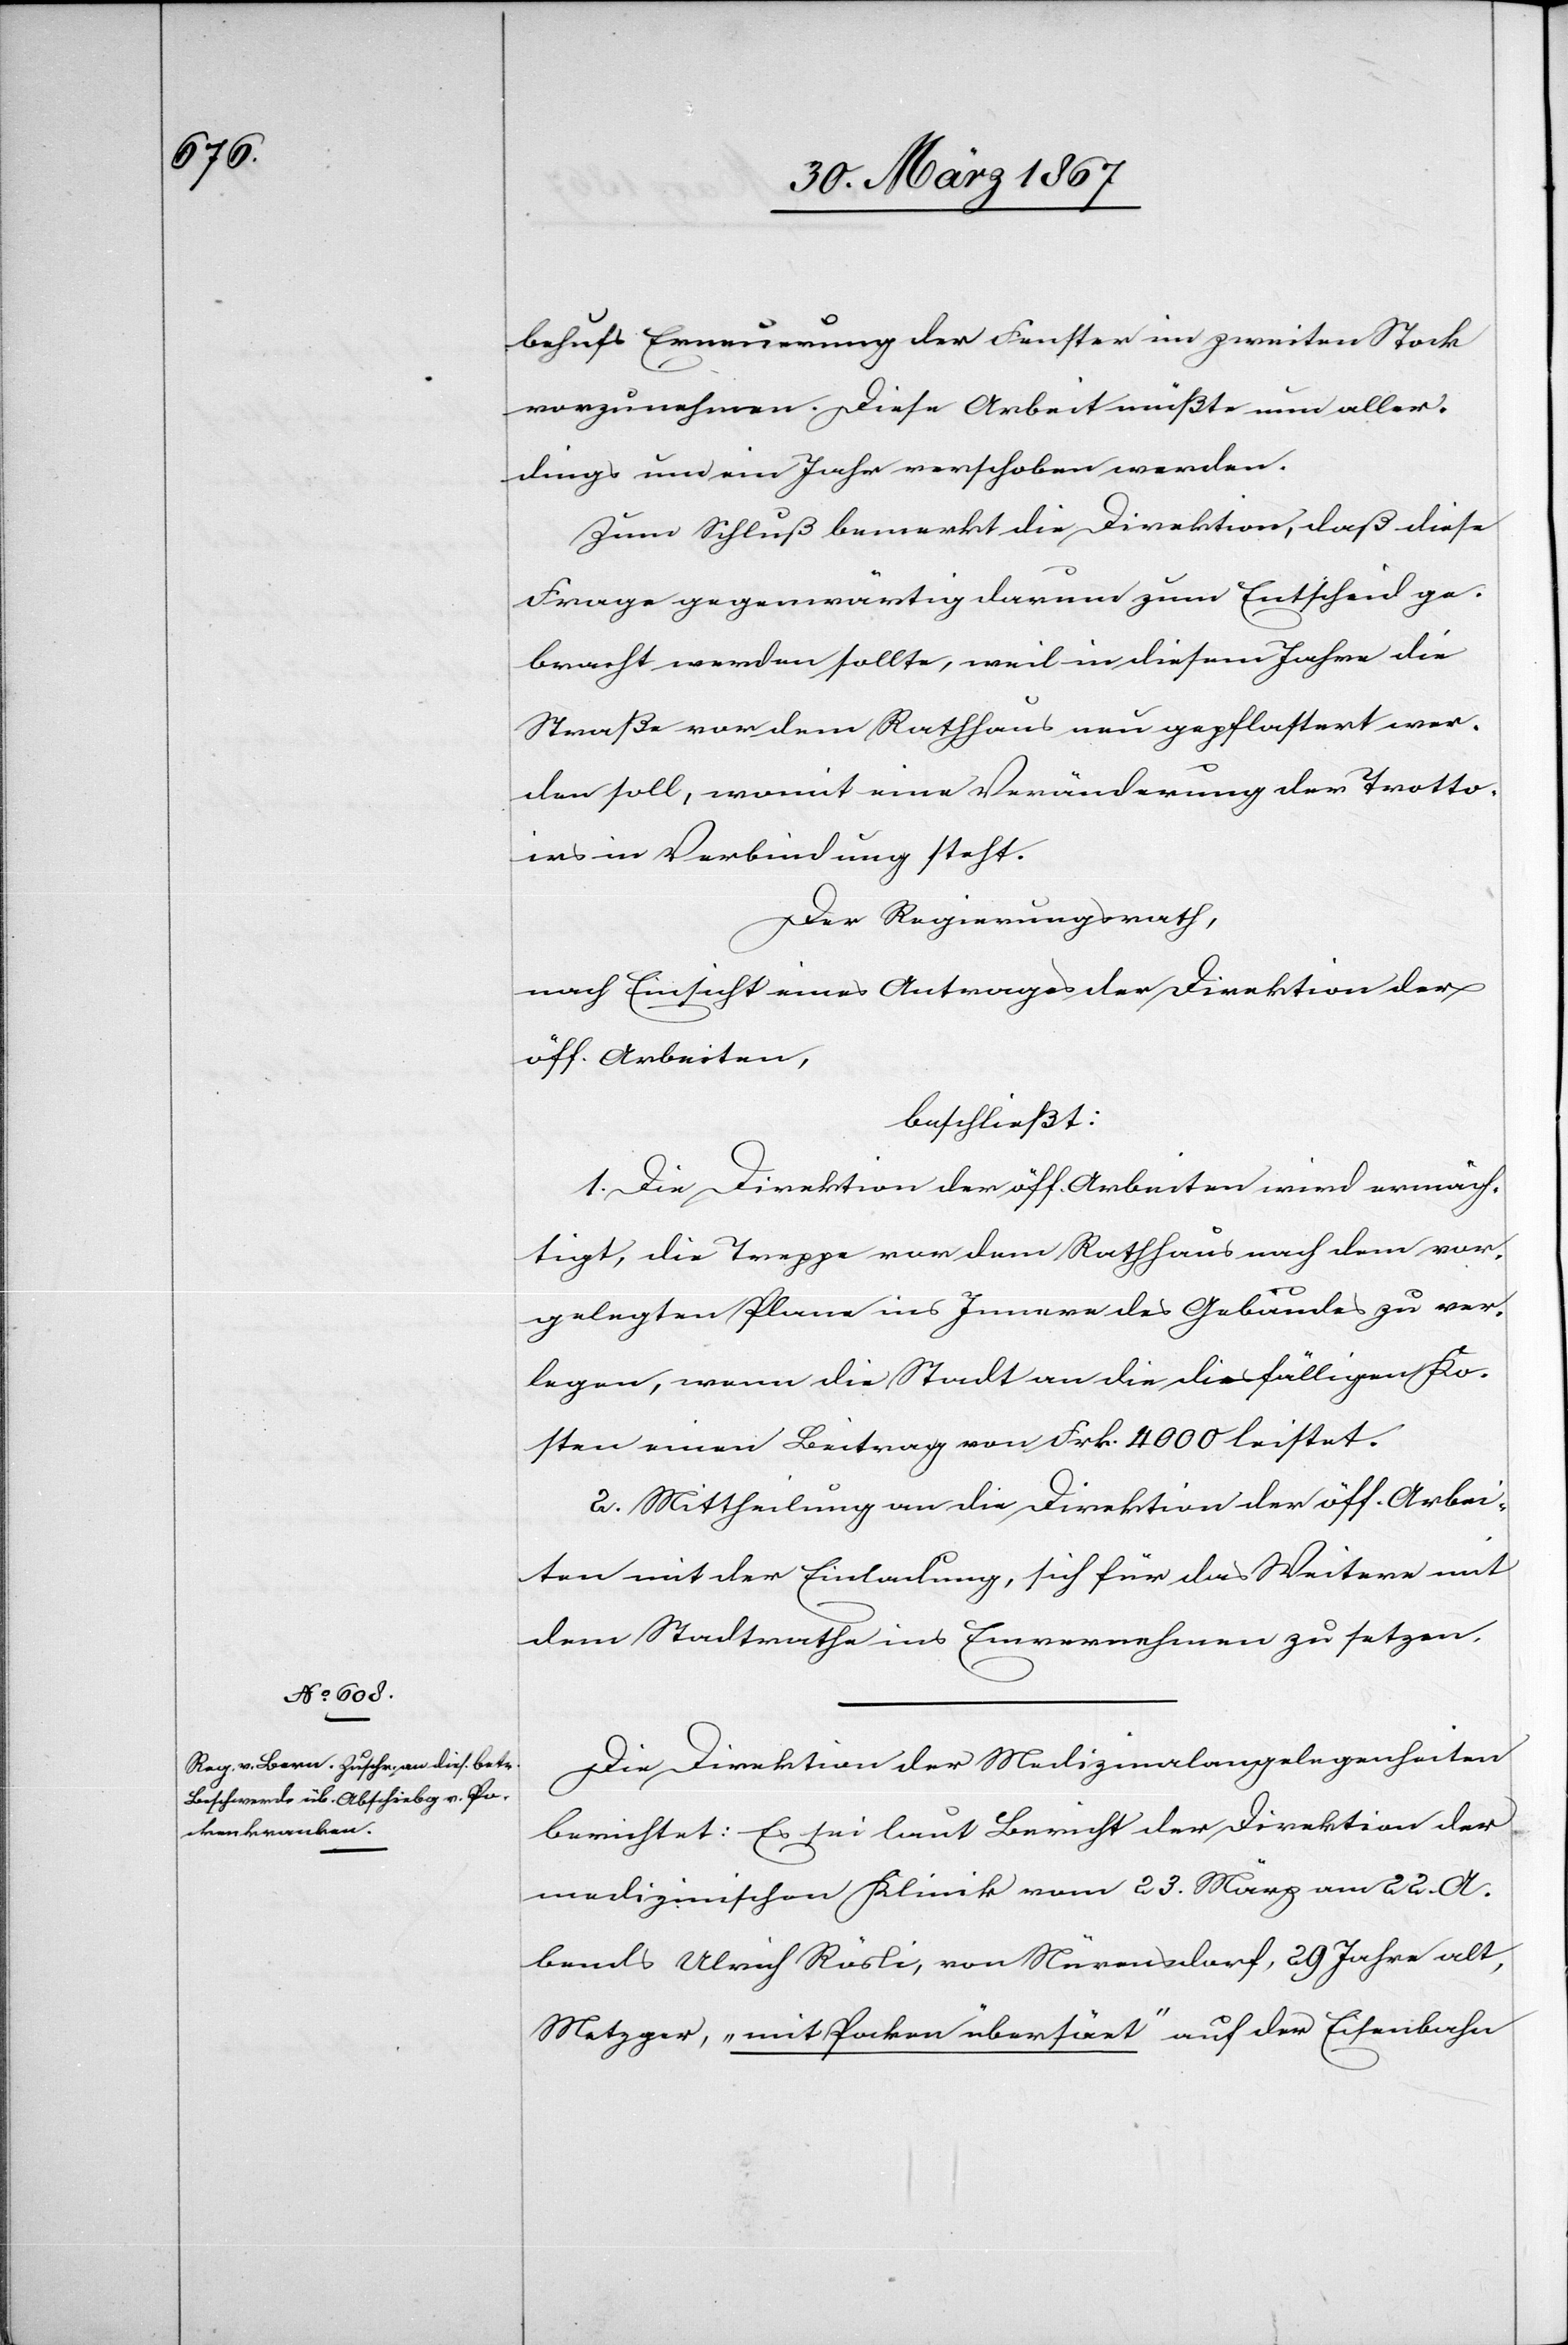
behufs Erneuerung der Fenster im zweiten Stock
vorzunehmen. Diese Arbeit müßte nun aller¬
dings um ein Jahr verschoben werden.
Zum Schluß bemerkt die Direktion, daß diese
Frage gegenwärtig darum zum Entscheid ge¬
bracht werden sollte, weil in diesem Jahre die
Straße vor dem Rathhaus neu gepflastert wer¬
den soll, womit eine Veränderung der Trotto¬
irs in Verbindung steht.
Der Regierungsrath,
nach Einsicht eines Antrages der Direktion der
öff. Arbeiten,
beschließt:
1. Die Direktion der öff. Arbeiten wird ermäch¬
tigt, die Treppe vor dem Rathhaus nach dem vor¬
gelegten Plane ins Innere des Gebäudes zu ver¬
legen, wenn die Stadt an die diesfälligen Ko¬
sten einen Beitrag von Frk. 4000 leistet.
2. Mittheilung an die Direktion der öff. Arbei¬
ten mit der Einladung, sich für das Weitere mit
dem Stadtrathe ins Einvernehmen zu setzen.
Die Direktion der Medizinalangelegenheiten
berichtet: Es sei laut Bericht der Direktion der
medizinischen Klinik vom 23. März am 22. A¬
bends Ulrich Rösli, von Nürensdorf, 29 Jahre alt,
Metzger, „mit Pocken übersaet“ auf der Eisenbahn